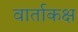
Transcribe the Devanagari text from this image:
वार्ताकक्ष